Vital statistics of India. Vol. IV, Annual returns from 1871 to 1876. British Army of India, Native Army and jails of Bengal
Year: 1871
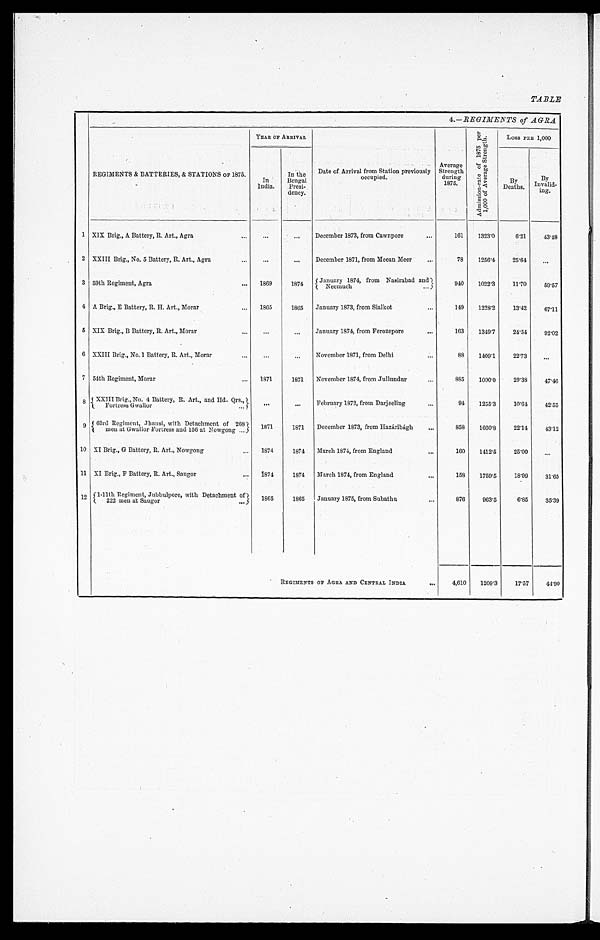
TABLE
4.—REGIMENTS of AGRA
REGIMENTS & BATTERIES, & STATIONS OF 1875.
YEAR OF ARRIVAL
Date of Arrival from Station previously
o c c u p i e d .
Average
Strength
durin
1875.
A d m i s s i o n - r a t e o f 1 8 7 5 p e r 1 , 0 0 0 o f A v e r a g e S t r e n g t h .
Loss PER 1,000
In
India.
In the
Bengal
Presi-
deney.
By
Deaths.
By
Invalid-
ing.
1 XIX Brig., A Battery, R. Art., Agra
...
. . .
. . . December 1873, from Cawnpore
...
161
1323.0
6.21
43.48
2 XXIII Brig., No. 5 Battery, R. Art., Agra
...
. . .
... December 1871, from Meean Meer
...
78
1256.4
25.64
. . .
3 59th Regiment, Agra
... 1869
1 8 7 4 January 1874, from Nasirabad and }...
Neemuch
940 1022.3
11.70
59.57
4 A Brig., E Battery, R. H. Art., Morar
... 1865
1865
January 1873, from Sialkot
...
149
1228.2
13.42
67.11
5 XIX Brig., B Battery, R, Art., Morar
...
. . .
. . . January 1874, from Ferozepore ...
163
1349.7
24.54
92.02
6 XXIII Brig., No. 1 Battery, R. Art., Morar
...
...
. . .
November 1871, from Delhi
...
88 1409.1
22.73 ...
7 54th Regiment, Morar ... 1871
1871 November 1874, from Jullundur ...
885 1000.0
29.38
47.46
8
X X I I I B r o g . , N o . 4 B a t t e r y , R ; A r t . , a n d H C . O r s . ,
F o r t e s s G w a l i o r . . .
. . .
. . .
February 1872, from Darjeeling
...
94 1255.3
10.64
42.55
9 63rd Regiment, Jhansi, with Detachment of 268
men at Gwalior Fortress and 156 at Nowgong ...
1871
1871 December 1873, from Hazáribágh ...
858
1660.8
22.14
43.12
10 XI Brig., G Battery, R. Art., Nowgong
... 1874
1874
March 1874, from England ...
160 1412.5
25.00
. . .
11 XI Brig., F Battery, R. Art., Saugor
... 1874
1874 March 1874, from England
158 1759.5
18.99
31.65
12 1-11th Regiment, .Jubbulpore, with Detachment of
222 menat Saugor
...
1865
1865 January 1875, from Subathu
...
876
963.5
6.85
35.39
REGIMENTS OF AGRA AND CENTRAL INDIA
...
4,610 1209.3
17.57
44.90